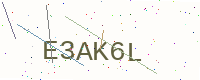
Text: E3AK6L